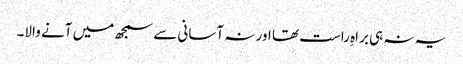
یہ نہ ہی براہِ راست تھا اور نہ آسانی سے سمجھ میں آنے والا۔